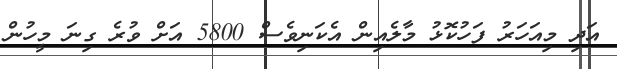
އަދި މިއަހަރު ފަހުކޮޅު މާލެއިން އެކަނިވެސް 5800 އަށް ވުރެ ގިނަ މީހުން